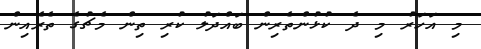
މި އަހަރު މި ދެ ކުޅުންތެރިން ބައްދަލު ކުރި ތިން މެޗުގެ ތެރެއިން